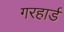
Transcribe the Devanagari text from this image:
गरहार्ड